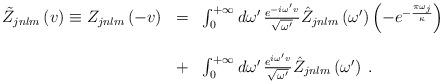
LaTeX: \begin{align*}\begin{array}{lcl}\tilde {Z}_{jnlm}\left(v\right)\equiv Z_{jnlm}\left(-v\right)&=&\int_{0}^{+\infty}d\omega'\,\frac{e^{-i\omega'v}}{\sqrt{\omega'}}\hat Z_{jnlm}\left(\omega'\right)\left(-e^{-{{\pi\omega_j}\over\kappa}}\right)\\\\\ &+&\int_{0}^{+\infty}d\omega'\,\frac{e^{i\omega'v}}{\sqrt{\omega'}}\hat Z_{jnlm}\left(\omega'\right)\;.\end{array}\end{align*}